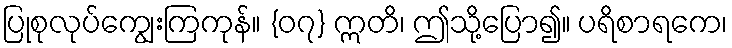
ပြုစုလုပ်ကျွေးကြကုန်။ {၀၇} ဣတိ၊ ဤသို့ပြော၍။ ပရိစာရကေ၊